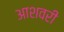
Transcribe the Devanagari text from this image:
आशवरी